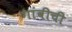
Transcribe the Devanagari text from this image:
गांवीची